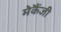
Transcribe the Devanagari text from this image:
मेकैंजी